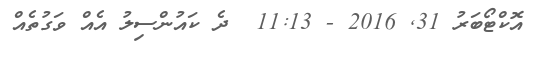
އޮކްޓޯބަރު 31